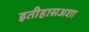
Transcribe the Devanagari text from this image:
इतीहासअशा